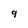
Character: g